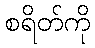
စရိတ်ကို